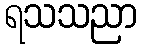
ရသသညာ